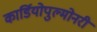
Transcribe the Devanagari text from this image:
कार्डियोपुल्मोनरी